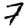
Digit: 7